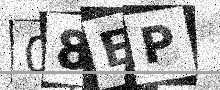
Text: 08EP